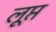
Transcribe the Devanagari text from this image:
लूप्त